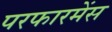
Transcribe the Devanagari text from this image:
परफारमेंस